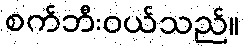
စက်ဘီးဝယ်သည်။